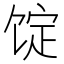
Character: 𩠆